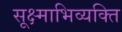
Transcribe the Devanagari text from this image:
सूक्ष्माभिव्यक्ति